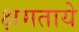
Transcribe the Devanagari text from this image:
क्षमताये